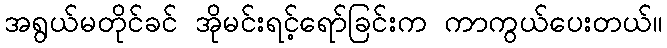
အရွယ်မတိုင်ခင် အိုမင်းရင့်ရော်ခြင်းက ကာကွယ်ပေးတယ်။